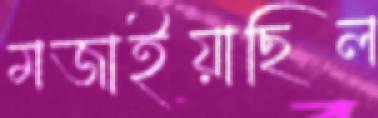
মজাইয়াছিল